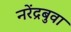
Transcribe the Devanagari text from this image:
नरेंद्रबुवा